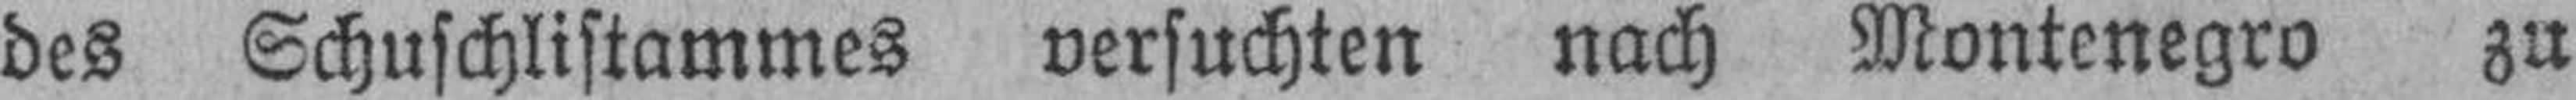
des Schuschlistammes versuchten nach Montenegro zu